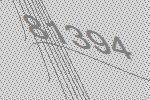
81394